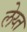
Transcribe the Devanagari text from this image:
लेय्त